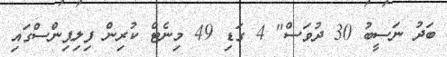
ބަދު ނަސީބު 30 ދުވަސް" 4 ގަޑި 49 މިނެޓް ކުރިން ފިލިޕިންސްގައި